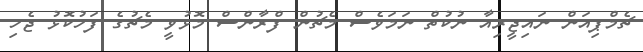
ޗެމްޕިއަން ނައިޖީރިއާ ނުކުތް ނަމަވެސް މެޗުން ފްރާންސް މޮޅުވީ މެޗުގެ ފަހުކޮޅު ޖެހި